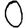
Digit: 0